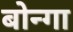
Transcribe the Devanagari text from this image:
बोन्‍गा